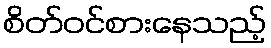
စိတ်ဝင်စားနေသည့်